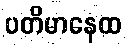
ပတိမာနေထ